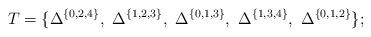
LaTeX: \begin{align*} T\overset{}{=}\{\Delta^{\{0,2,4\}}, \ \Delta^{\{ 1,2,3\}}, \ \Delta^{\{0,1,3\}}, \ \Delta^{\{1,3,4\}}, \ \Delta^{\{0,1,2\}}\}; \end{align*}